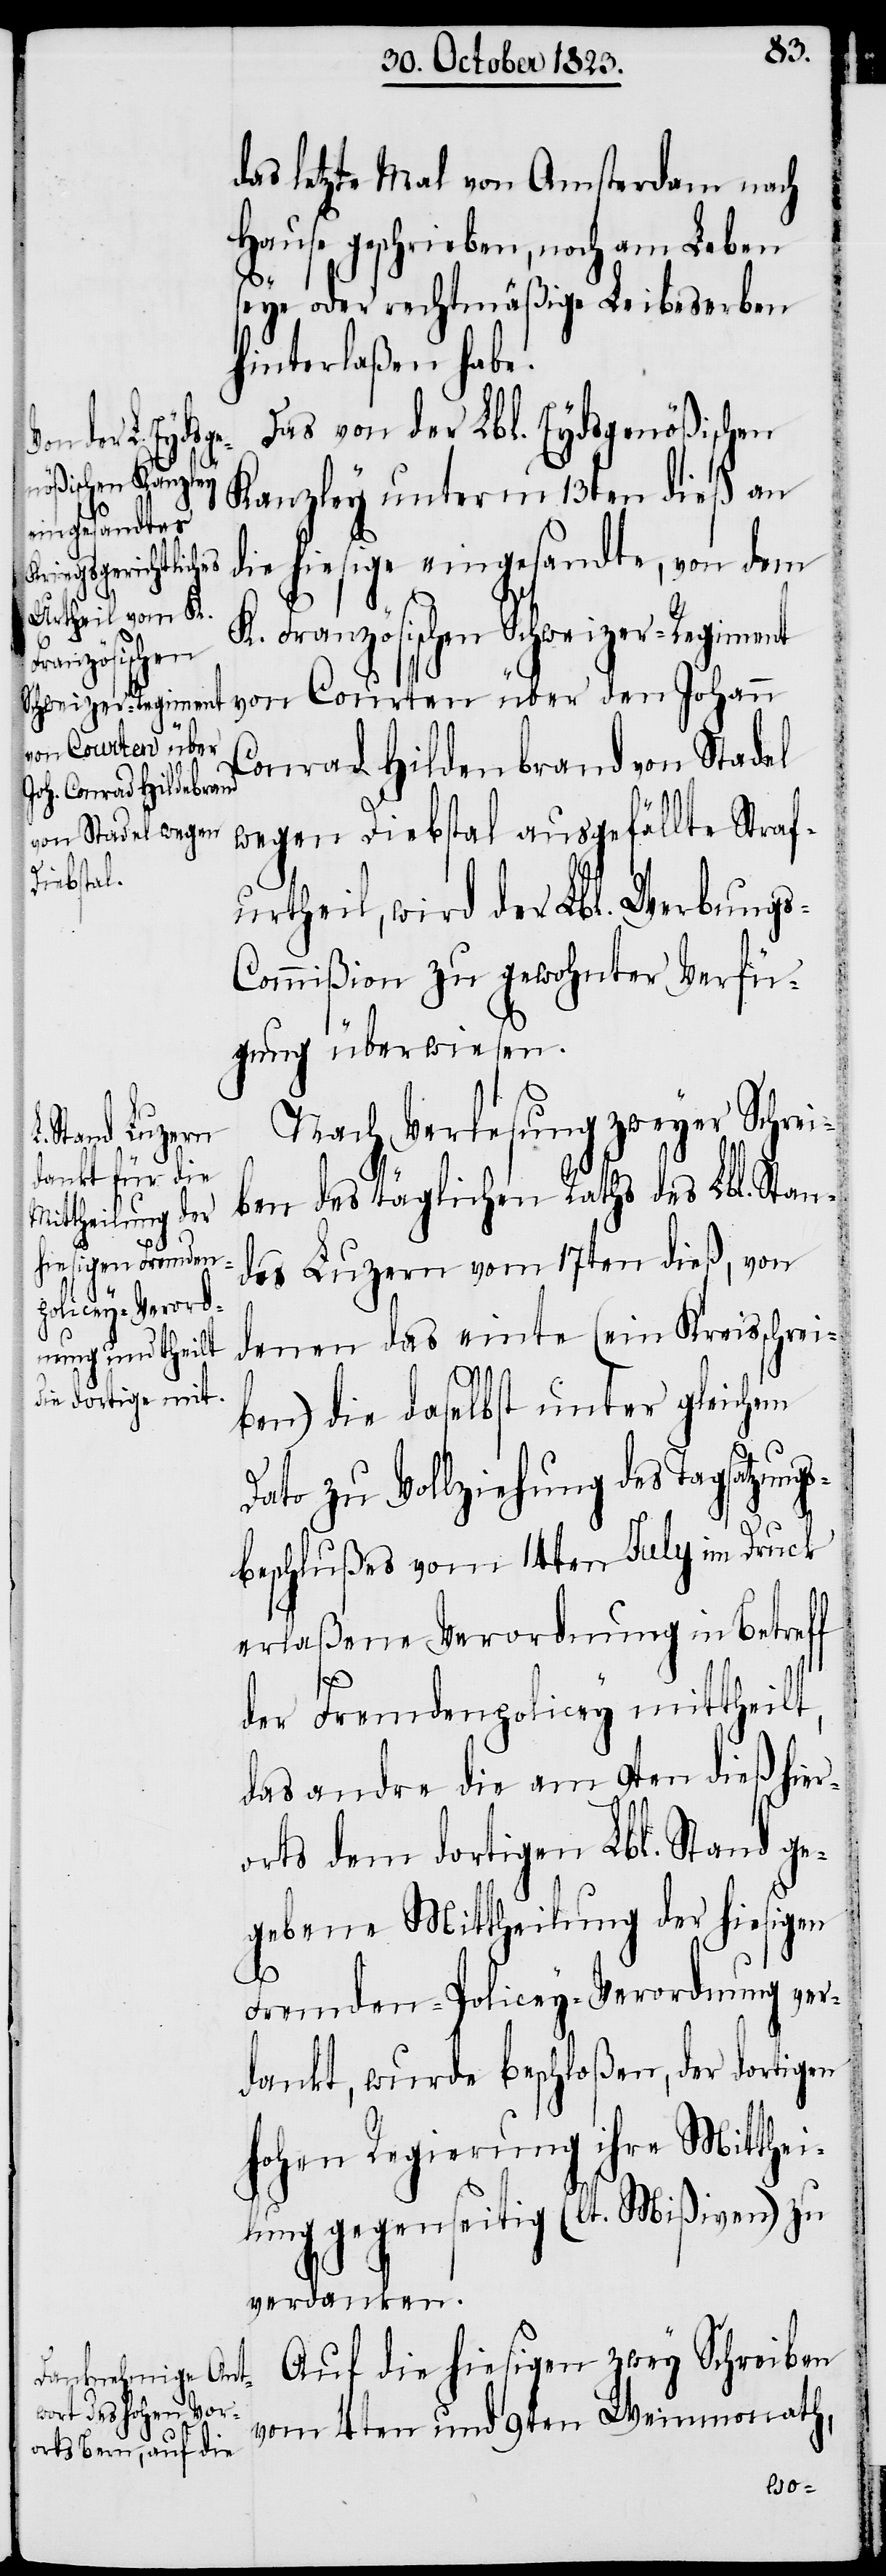
Französischen
Schweizer-Regiment
Conrad Hildenbrand
s-C¬

das letzte Mal von Amsterdam nach
Hause geschrieben, noch am Leben
seye oder rechtmäßige Leibeserben
hinterlaßen habe.
Das von der Lbl. Eydsgenößischen
Kanzley unterm 13ten dieß an
die hiesige eingesandte, von dem
von Courten über den Johann
wegen Diebstal ausgefällte Straf¬
urtheil, wird der Lbl. Werbung¬
ommißion zu gewohnter Verfü¬
gung überwiesen.
Nach Verlesung zweyer Schrei¬
ben des täglichen Raths des Lbl. Stan¬
des Luzern vom 17ten dieß, von
denen das einte (ein Kreisschrei¬
ben) die daselbst unter gleichem
Dato zu Vollziehung des Tagsatzung¬
sbeschlußes vom 14ten July im Druck
erlaßene Verordnung in Betreff
der Fremdenpolicey mittheilt,
das andre die am 9ten dieß hier¬
orts dem dortigen Lbl. Stand ge¬
gebene Mittheilung der hiesigen
Fremden-Policey-Verordnung ver¬
dankt, wurde beschloßen, der dortigen
hohen Regierung ihre Mitthei¬
lung gegenseitig (lt. Mißiven) zu
verdanken.
Auf die hiesigen zwey Schreiben
vom 4ten und 9ten Weinmonath,